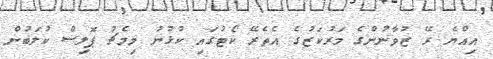
އިއްޔެ ރޭ ޒުވާނުންގެ މަރުކަޒުގެ އެތެރޭ ކޯޓުގައި ކުޅުނު މިމެޗު ޕޮލިސް ކުލަބުން